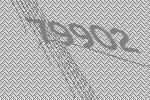
79902